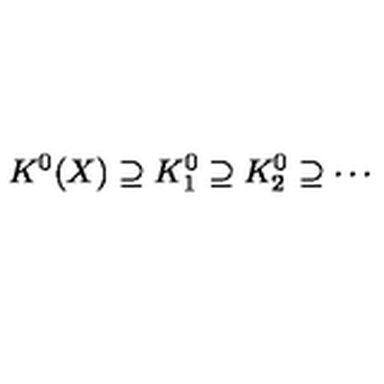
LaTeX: K ^ { 0 } ( X ) \supseteq K _ { 1 } ^ { 0 } \supseteq K _ { 2 } ^ { 0 } \supseteq \cdots